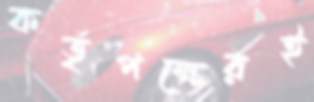
কর্তৃপক্ষেরই